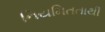
નિયમિતતાથી